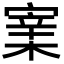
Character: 𡪔